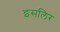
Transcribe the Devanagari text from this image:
इसलिर